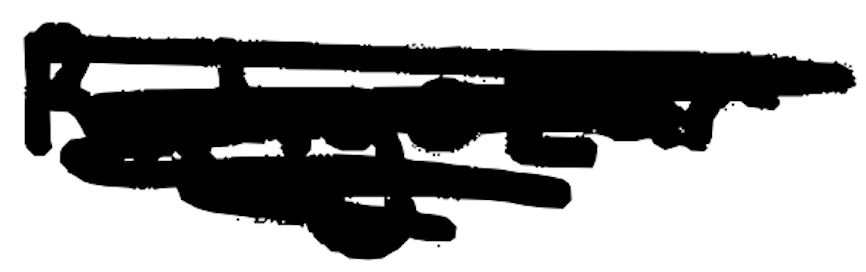
Text: Rahgozar
Cross-out: scratch
Writing tool: digital_black